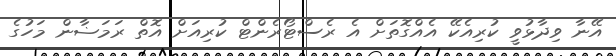
އޭނާ ވިދާޅުވީ ކުރިއެކޭ އެއްގޮތަށް އެ ރެސްޓޯރެންޓް ކުރިއަށް އޮތް ރަމަޟާން މަހުގެ